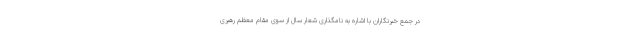
در جمع خبرنگاران با اشاره به نامگذاری شعار سال از سوی مقام معظم رهبری